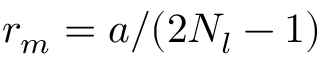
r _ { m } = a / ( 2 N _ { l } - 1 )